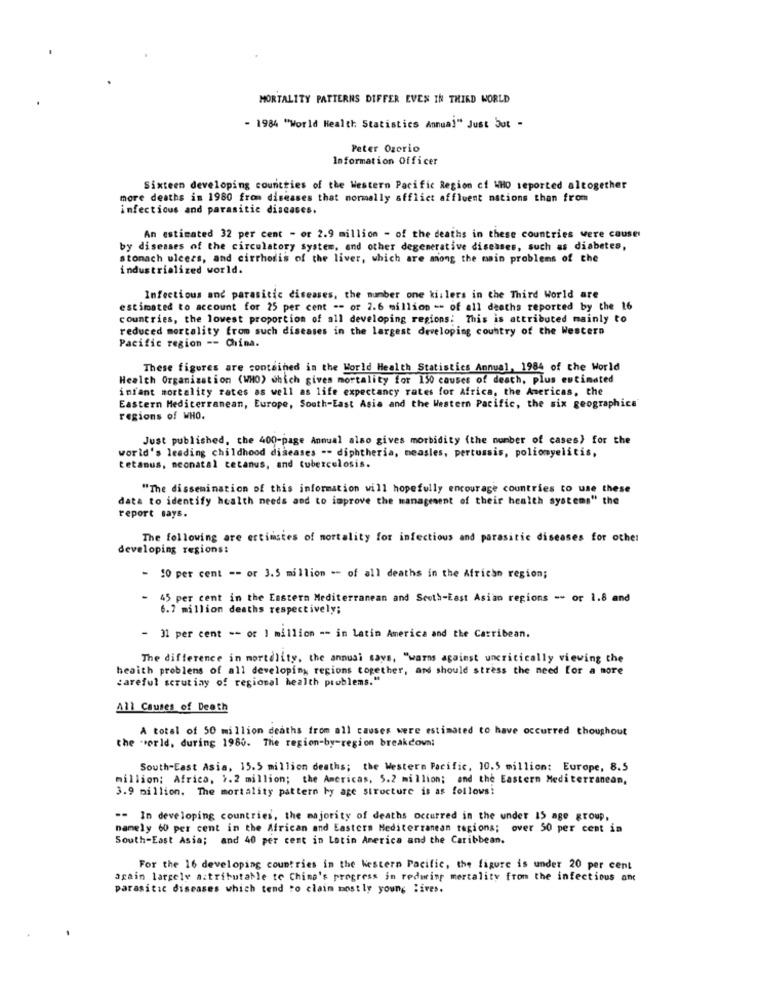
MORTALITY PATTERNS DIFFER EVEN IN THIRD WORLD
- 1984 "World Health Statistics Annual" Just but -
Peter Ozcrio
Information Officer
Sixteen developing countries of the Western Pacific Region cf WHO reported altogether
more deaths in 1980 from diseases that normally afflict affluent nations than from
infectious and parasitic diseases.
An estimated 32 per cent - or 2.9 million - of the deaths in these countries were cause
by diseases of the circulatory system, and other degenerative diseases, such as diabetes,
stomach ulcers, and cirrhosis of the liver, which are among the main problems of the
industrialized world.
Infectious and parasitic diseases, the number one killers in the Third World are
estimated to account for 25 per cent -- or 2.6 million -- of all deaths reported by the 16
countries, the lowest proportion of all developing regions: This is attributed mainly to
reduced mortality from such diseases in the largest developing country of the Western
Pacific region -- China.
These figures are contained in the World Health Statistics Annual, 1984 of the World
Health Organization (WHO) which gives mortality for 150 causes of death, plus estimated
infant mortality rates as well as life expectancy rates for Africa, the Americas, the
Eastern Mediterranean, Europe, South-East Asia and the Western Pacific, the six geographice
regions of WHO.
Just published, the 400-page Annual also gives morbidity (the number of cases) for the
world's leading childhood diseases .- diphtheria, measles, pertussis, poliomyelitis,
tetanus, neonatal tetanus, and tuberculosis.
"The dissemination of this information will hopefully encourage countries to use these
data to identify health needs and to improve the management of their health systems" the
report says.
The following are ertimstes of mortality for infectious and parasitic diseases for other
developing regions:
- 10 per cent -- or 3.5 million -- of all deaths in the African region;
- 45 per cent in the Eastern Mediterranean and South-East Asian regions -- or 1.8 and
6.7 million deaths respectively;
- 31 per cent -- or 1 million -- in Latin America and the Carribean.
The difference in mortality, the annusi says, "warns against uncritically viewing the
heaith problems of all developing regions together, and should stress the need for a more
careful scrutiny of regional health problems."
All Causes of Death
A total of 50 million deaths from all causes were estimated to have occurred thoughout
the world, during 1980. The region-by-region breakdown:
South-East Asia, 15.5 million deaths; the Western Pacific, 10.5 million: Europe, 8.5
million; Africa, 1.2 million; the Americas, 5.2 million; and the Eastern Mediterranean,
3.9 million. The mortality pattern by age structure is as follows!
-- In developing countries, the majority of deaths occurred in the under 15 age group,
namely 60 per cent in the African and Eastern Mediterranean regions; over 50 per cent in
South-East Asia; and 40 per cent in Latin America and the Caribbean.
For the 16 developing countries in the Western Pacific, the figure is under 20 per cent
again largely attributable to China's progress in redwing mortality from the infectious anc
parasitic diseases which tend to claim mostly young lives.